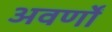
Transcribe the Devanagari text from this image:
अवर्णों